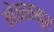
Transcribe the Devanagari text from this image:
ओळखखूण